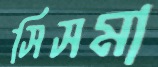
সিসমা